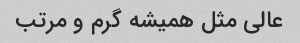
عالی مثل همیشه گرم و مرتب